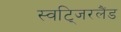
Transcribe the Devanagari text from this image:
स्वटि्जरलैंड